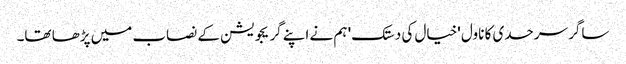
ساگر سرحدی کا ناول 'خیال کی دستک' ہم نے اپنے گریجویشن کے نصاب میں پڑھا تھا۔